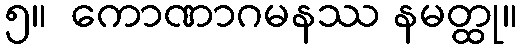
၅။  ကောဏာဂမနဿ နမတ္ထု။